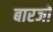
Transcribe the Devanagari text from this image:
बारजों